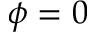
\phi = 0